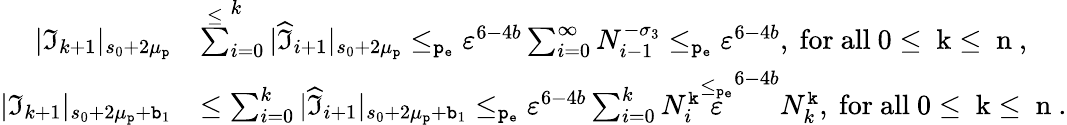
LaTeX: \begin{array}{rl}{|\mathfrak{I}_{k+1}|_{s_{0}+2\mu_{\mathtt{p}}}}&{\overset\le\sum_{i=0}^{k}|\widehat{\mathfrak{I}}_{i+1}|_{s_{0}+2\mu_{\mathtt{p}}}\le_{\mathtt{p_{e}}}\varepsilon^{6-4b}\sum_{i=0}^{\infty}N_{i-1}^{-\sigma_{3}}\le_{\mathtt{p_{e}}}\varepsilon^{6-4b},\mathrm{~for~all~0\le~k\le~n~,}}\\ {|\mathfrak{I}_{k+1}|_{s_{0}+2\mu_{\mathtt{p}}+\mathtt{b}_{1}}}&{\le\sum_{i=0}^{k}|\widehat{\mathfrak{I}}_{i+1}|_{s_{0}+2\mu_{\mathtt{p}}+\mathtt{b}_{1}}\le_{\mathtt{p_{e}}}\varepsilon^{6-4b}\sum_{i=0}^{k}N_{i}^{\mathtt{k}}\overset{\le_{\mathtt{p_{e}}}}\varepsilon^{6-4b}N_{k}^{\mathtt{k}},\mathrm{~for~all~0\le~k\le~n~.}}\end{array}